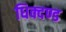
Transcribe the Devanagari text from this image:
धिक्दण्ड